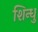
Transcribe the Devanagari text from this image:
शिन्धु